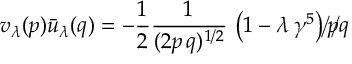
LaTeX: v _ { \lambda } ( p ) { \bar { u } } _ { \lambda } ( q ) = - \frac { 1 } { 2 } { \frac { 1 } { ( 2 p \, q ) ^ { 1 / 2 } } } \, \left( 1 - \lambda \, \gamma ^ { 5 } \right) p \llap { / } q \llap { / }